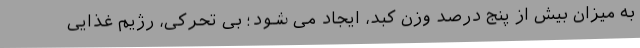
به میزان بیش از پنج درصد وزن کبد، ایجاد می شود؛ بی تحرکی، رژیم غذایی